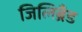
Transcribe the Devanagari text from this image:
जिलिब्रॅंड